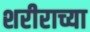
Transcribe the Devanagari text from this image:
शरीराच्या